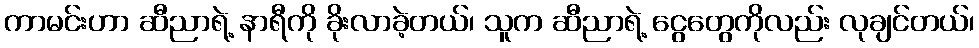
ကာမင်းဟာ ဆီညာရဲ့ နာရီကို ခိုးလာခဲ့တယ်၊ သူက ဆီညာရဲ့ ငွေတွေကိုလည်း လုချင်တယ်၊